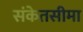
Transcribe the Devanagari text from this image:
संकेतसीमा